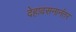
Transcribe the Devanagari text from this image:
देहावसनानंतर